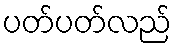
ပတ်ပတ်လည်